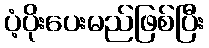
ပံ့ပိုးပေးမည်ဖြစ်ပြီး